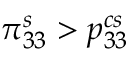
\pi _ { 3 3 } ^ { s } > { p } _ { 3 3 } ^ { c s }